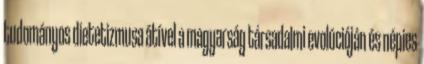
tudományos dietetizmusa átível a magyarság társadalmi evolúcióján és népies